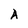
Character: A